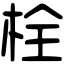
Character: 栓